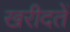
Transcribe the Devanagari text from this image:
खरीदतें